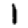
Digit: 1